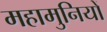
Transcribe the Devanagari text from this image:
महामुनियों